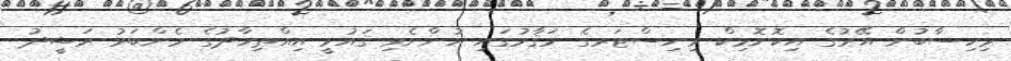
މިހިސާބުން އޭރުގެ އިކޮނޮމިކް މިނިސްޓަރގެ މަޤާމުގައި ހުންނެވި ޤައުމީ އިއްތިހާދުގެ މެންބަރު ރަޝީދު